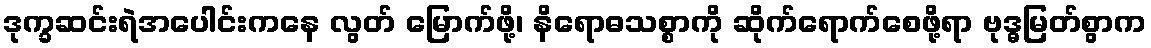
ဒုက္ခဆင်းရဲအပေါင်းကနေ လွတ် မြောက်ဖို့၊ နိရောဓသစ္စာကို ဆိုက်ရောက်စေဖို့ရာ ဗုဒ္ဓမြတ်စွာက